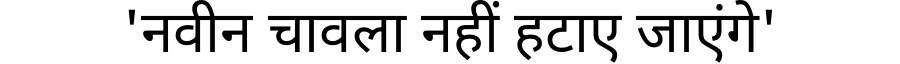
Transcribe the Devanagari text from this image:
'नवीन चावला नहीं हटाए जाएंगे'